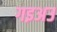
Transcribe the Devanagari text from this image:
गइअउ